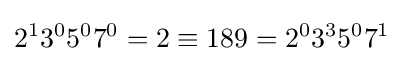
2^{1}3^{0}5^{0}7^{0}=2\equiv 189=2^{0}3^{3}5^{0}7^{1}